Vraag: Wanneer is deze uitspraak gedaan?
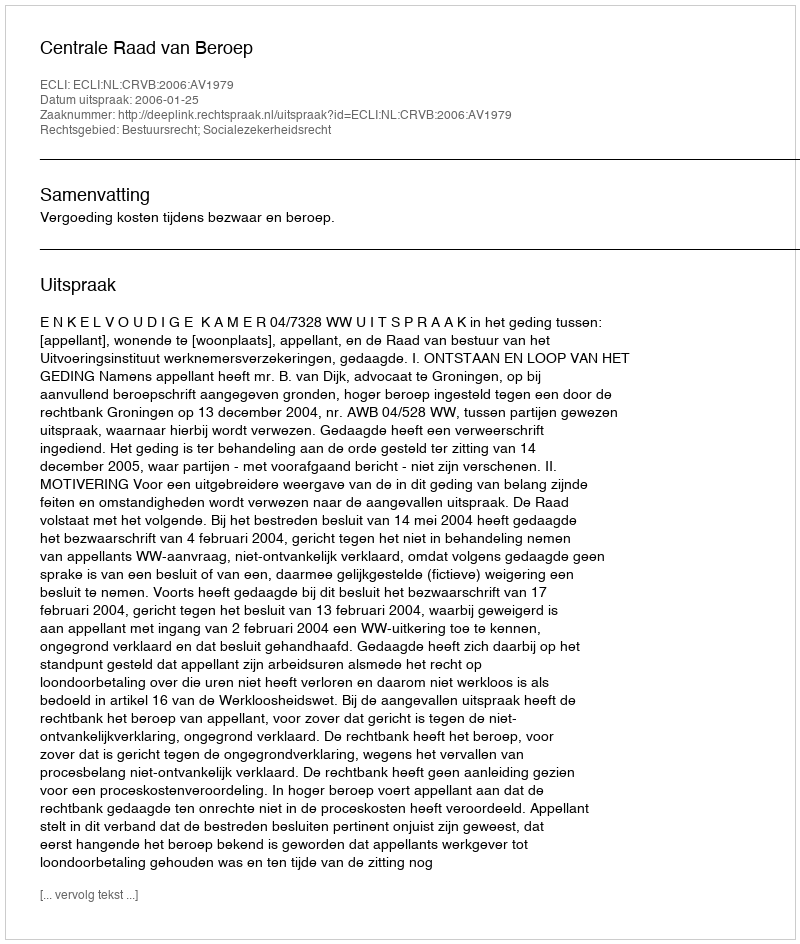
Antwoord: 2006-01-25